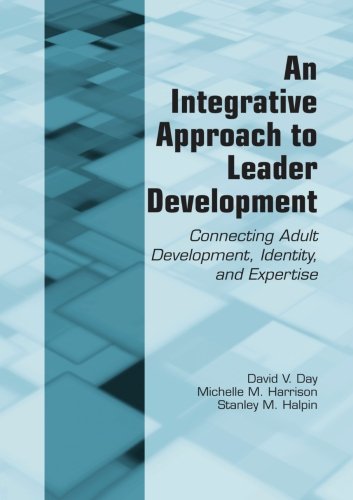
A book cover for An Integrative Approach to Leader Development: Connecting Adult Development, Identity, and Expertise; David V. Day; Medical Books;